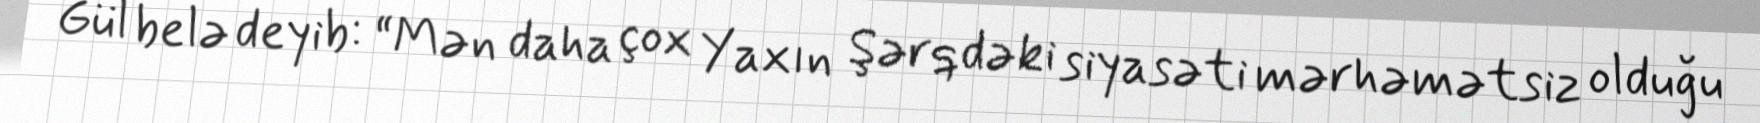
Gül belə deyib: “Mən daha çox Yaxın Şərqdəki siyasəti mərhəmətsiz olduğu